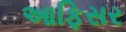
આફિસર